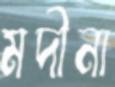
মদীনা